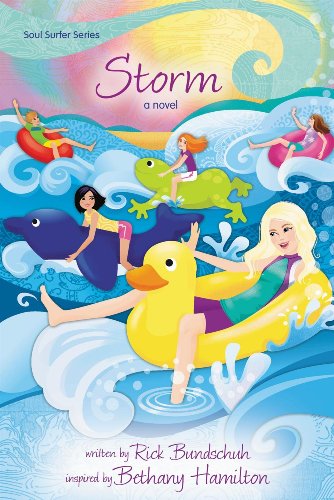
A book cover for Storm: A Novel (Soul Surfer Series); Rick Bundschuh; Children's Books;